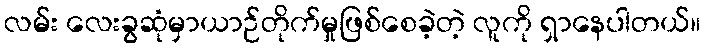
လမ်း လေးခွဆုံမှာယာဉ်တိုက်မှုဖြစ်စေခဲ့တဲ့ လူကို ရှာနေပါတယ်။